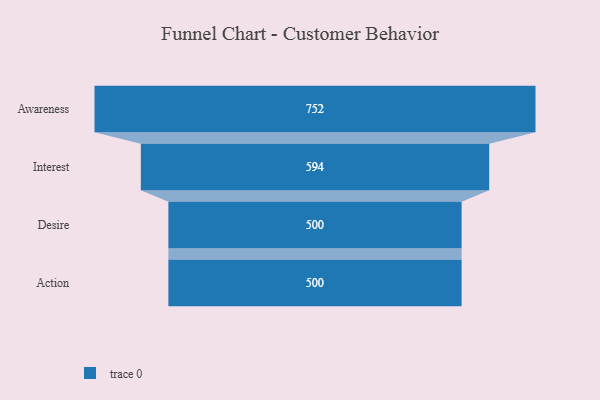
{"axis": {"x": "Stage", "y": "Value"}, "legend": [""], "data": [{"x": "Awareness", "y": 752.0, "type": ""}, {"x": "Interest", "y": 594.0, "type": ""}, {"x": "Desire", "y": 500, "type": ""}, {"x": "Action", "y": 500, "type": ""}]}